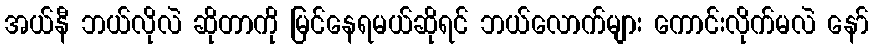
အယ်နီ ဘယ်လိုလဲ ဆိုတာကို မြင်နေရမယ်ဆိုရင် ဘယ်လောက်များ ကောင်းလိုက်မလဲ နော်